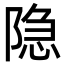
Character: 隐